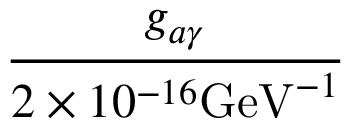
\frac { g _ { a \gamma } } { 2 \times 1 0 ^ { - 1 6 } \mathrm { G e V } ^ { - 1 } }